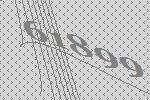
61899